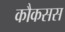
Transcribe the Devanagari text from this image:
कौकसस